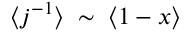
\langle j ^ { - 1 } \rangle \; \sim \; \langle 1 - x \rangle